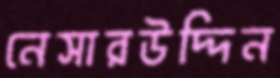
নেসারউদ্দিন